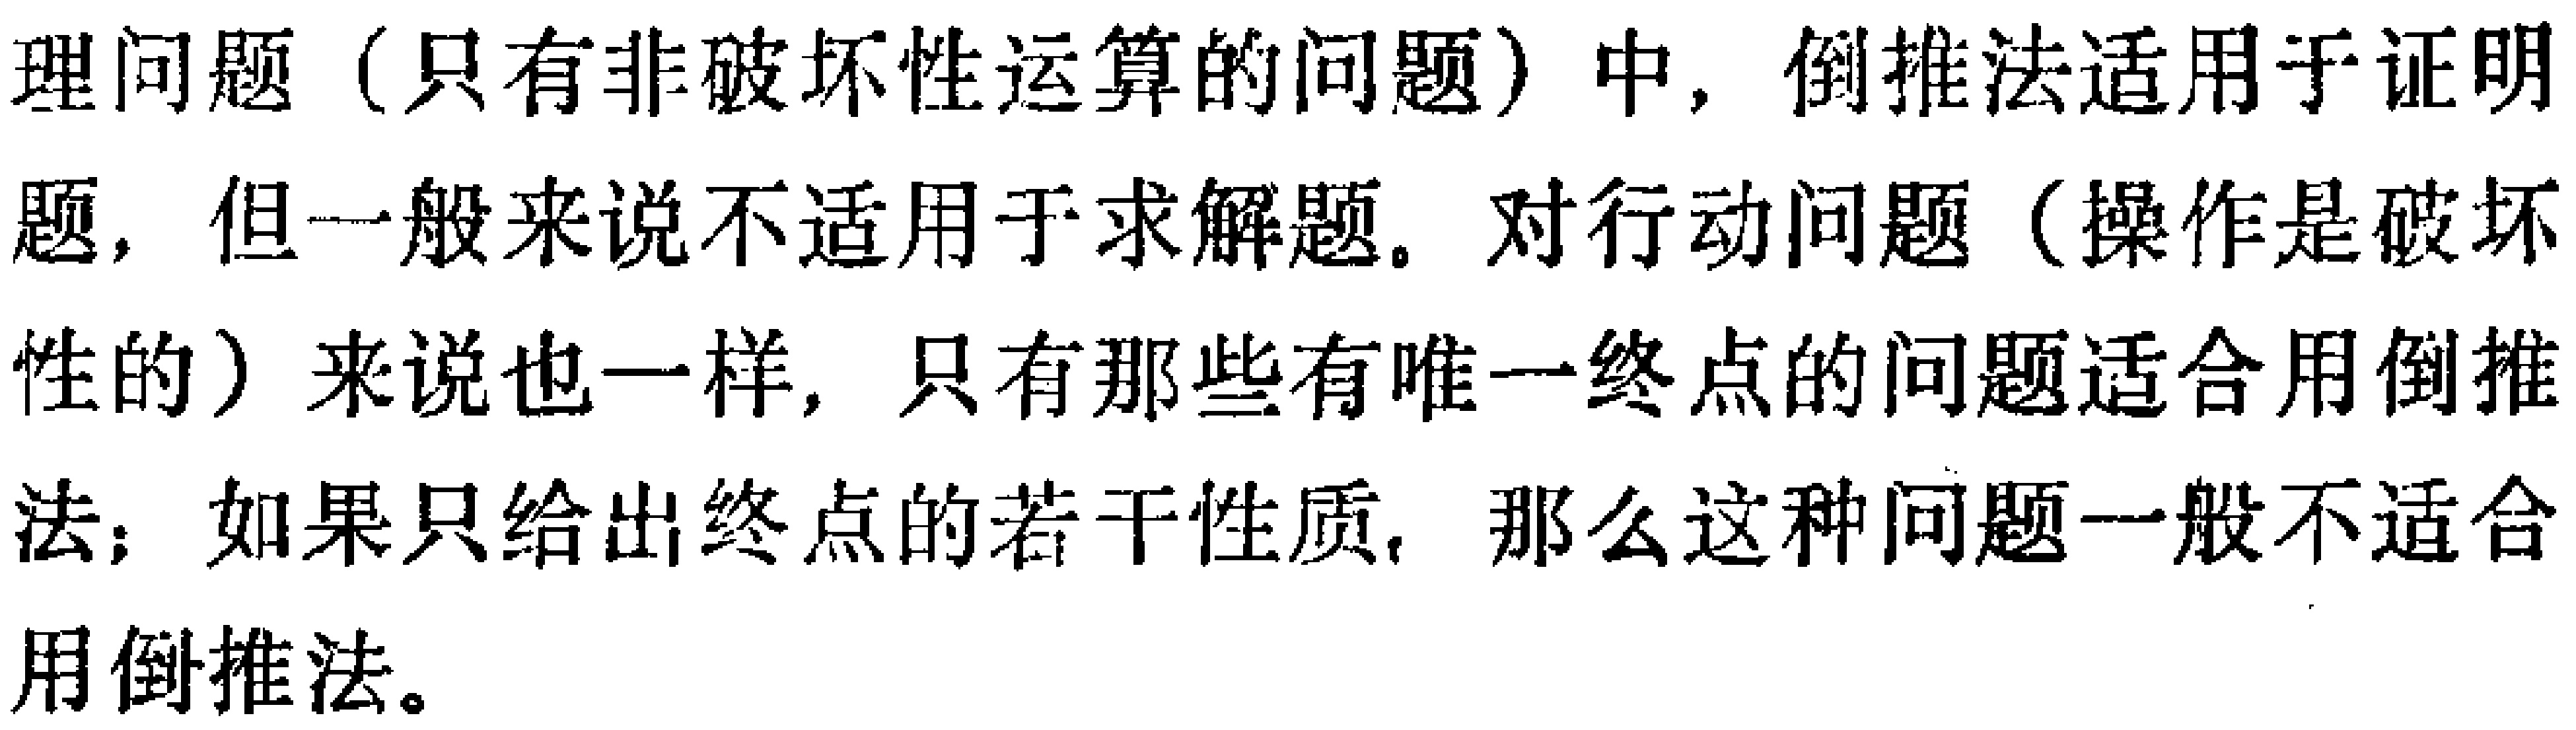
理问题（只有非破坏性运算的问题）中，倒推法适用于证明题，但一般来说不适用于求解题。对行动问题（操作是破坏性的）来说也一样，只有那些有唯一终点的问题适合用倒推法；如果只给出终点的若干性质，那么这种问题一般不适合用倒推法。